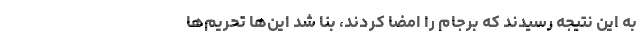
به این نتیجه رسیدند که برجام را امضا کردند، بنا شد این‌ها تحریم‌ها